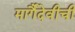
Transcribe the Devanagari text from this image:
मार्गैदेवीची